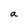
Character: a